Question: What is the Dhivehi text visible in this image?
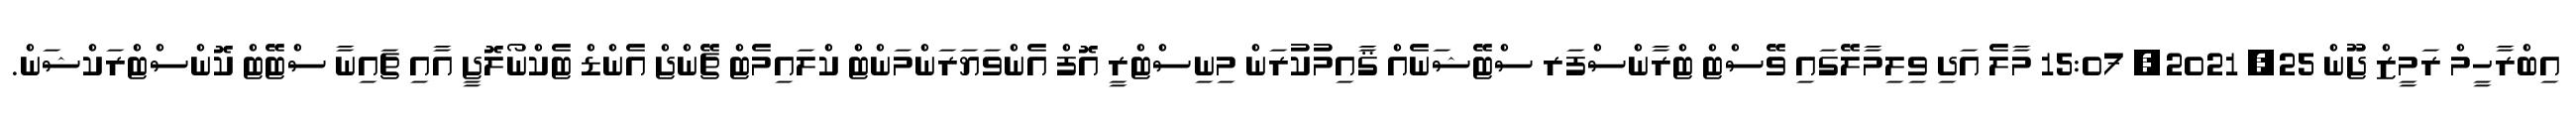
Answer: އިބްރާހީމް ރަމީޒް ޖޫން 25, 2021, 15:07 މާލެ އަދި ވިލިމާލޭގައި ވޭސްޓް ޓްރާންސްފަރ ސްޓޭޝަނެއް ޤާއިމުކުރަން މިނިސްޓްރީ އޮފް އެންވަޔަރަންމަންޓް ކްލައިމެޓް ޗޭންޖް އެންޑް ޓެކްނޯލޮޖީ އާއި ޗައިނާ ސްޓޭޓް ކޮންސްޓްރަކްޝަން.